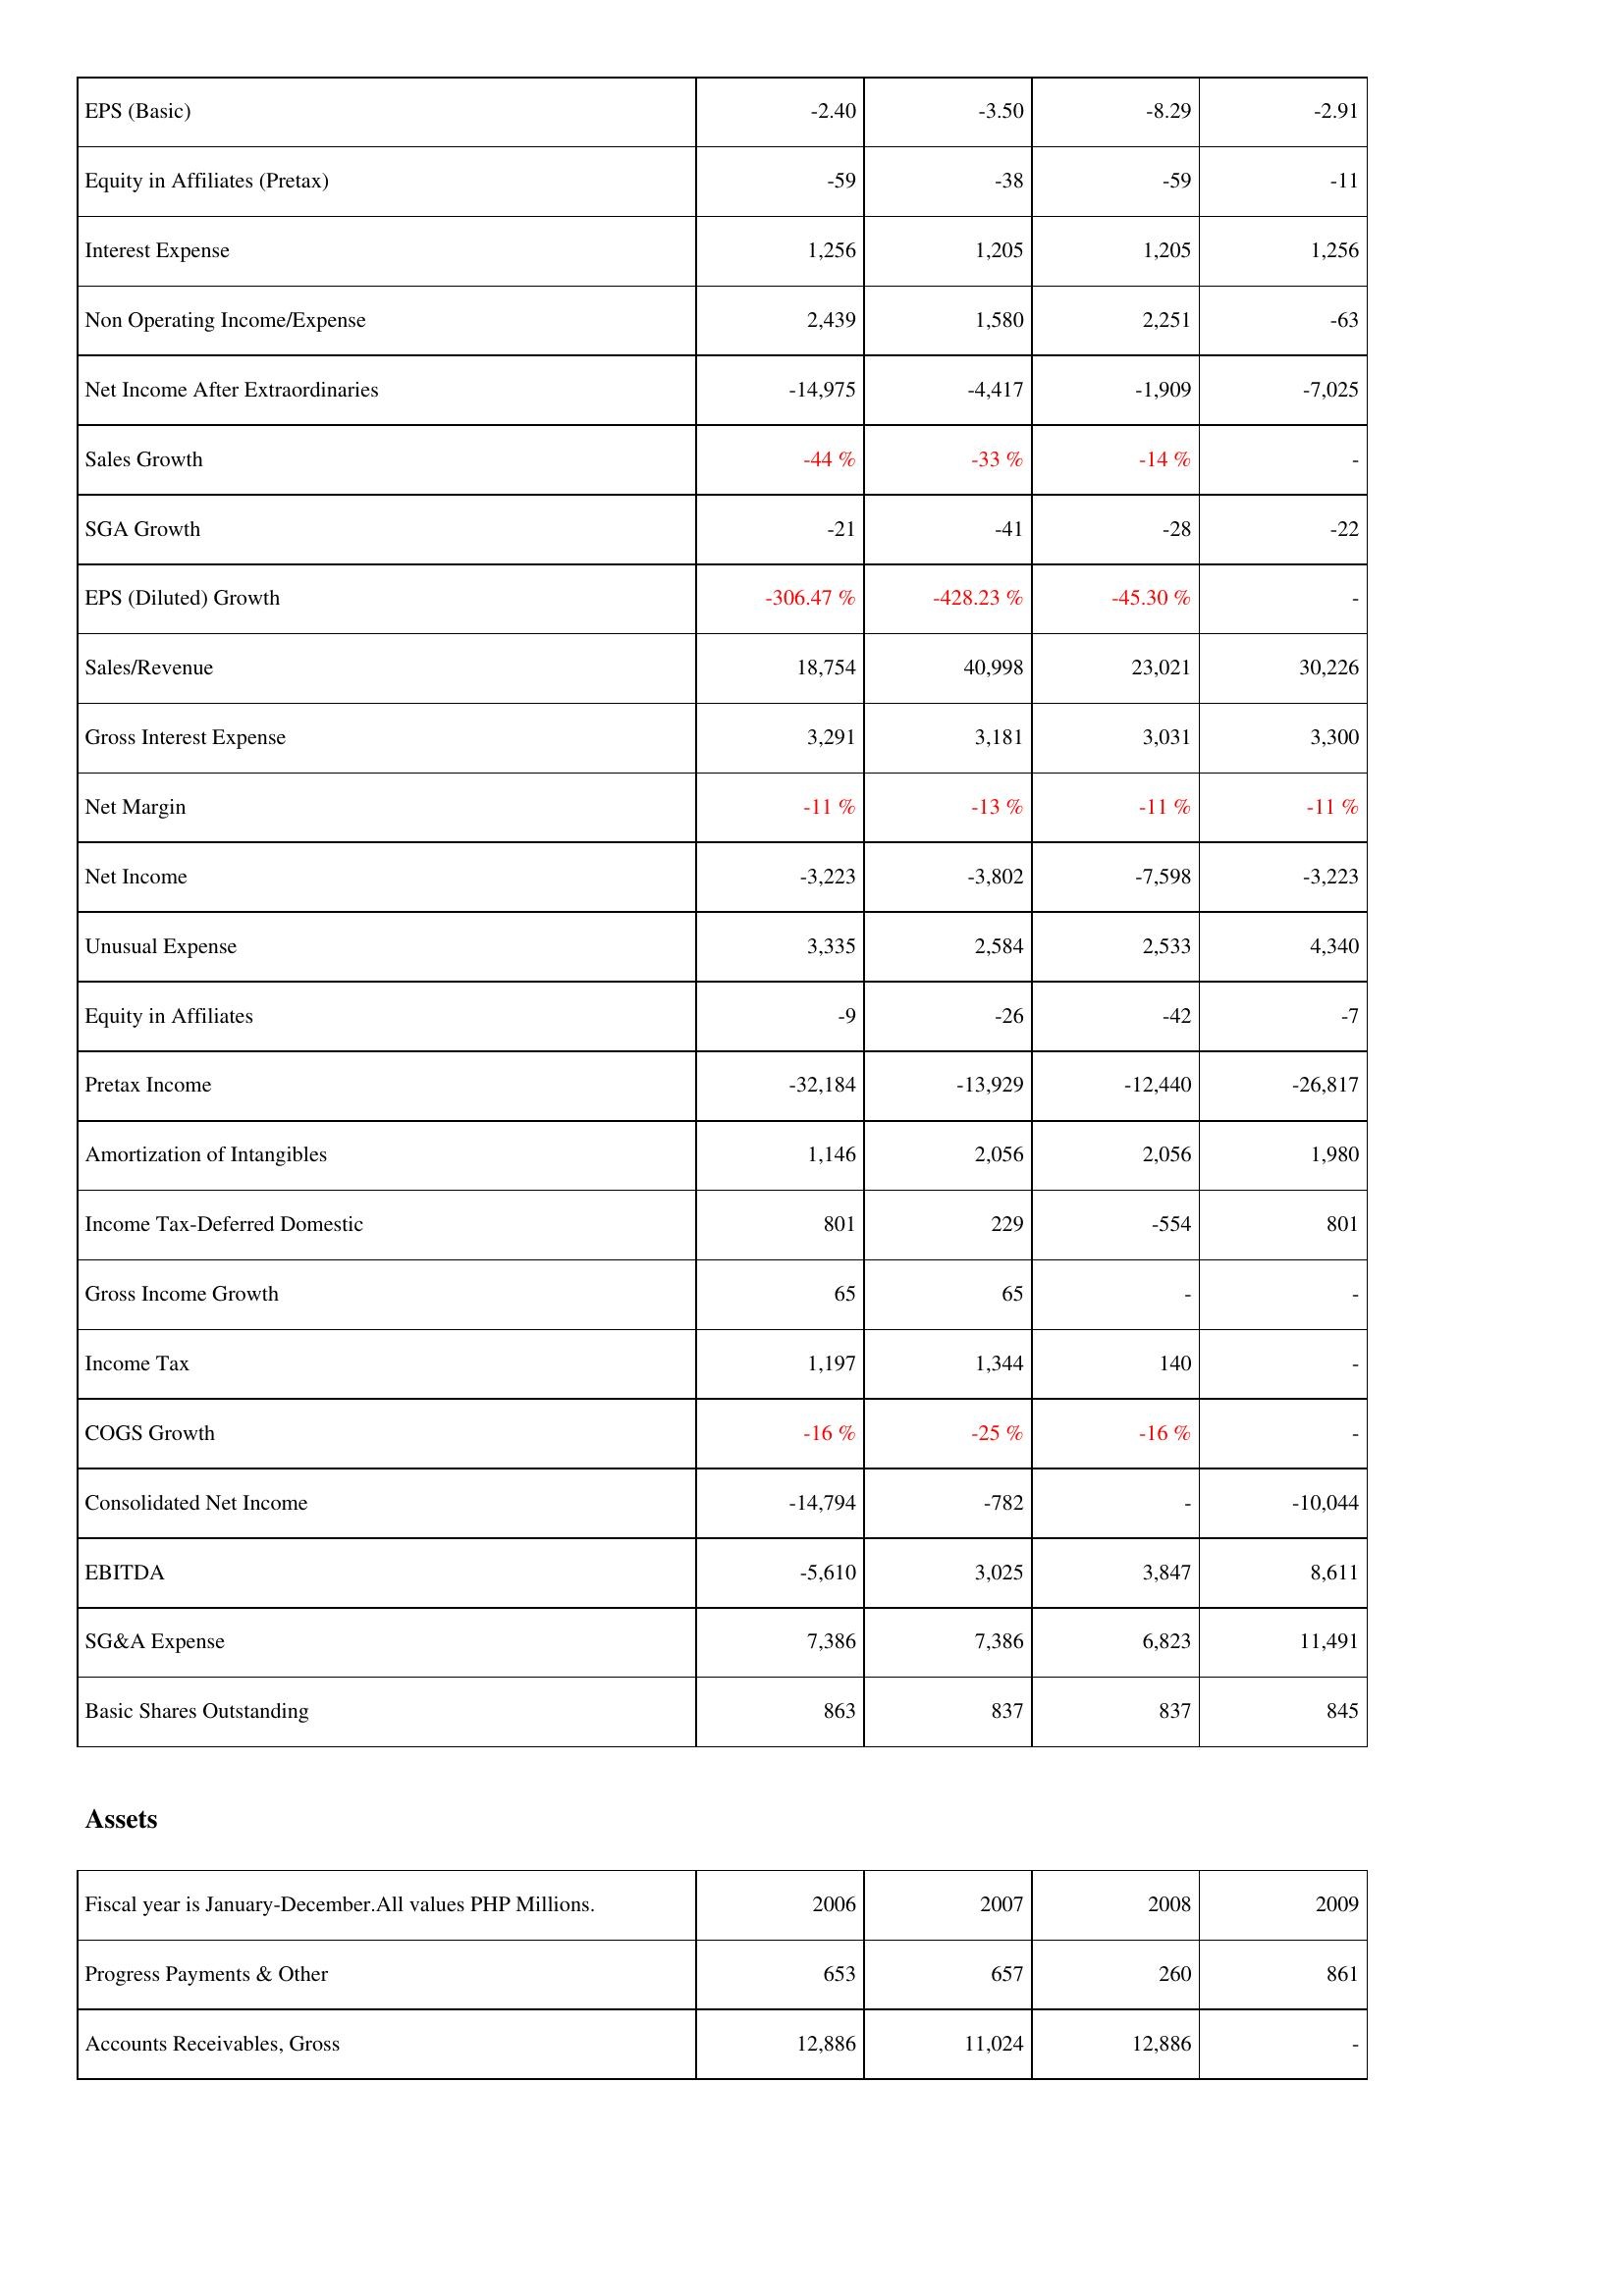
2006: Income Statement: EPS (Basic): -2.40
Equity in Affiliates (Pretax): -59
Interest Expense: 1,256
Non Operating Income/Expense: 2,439
Net Income After Extraordinaries: -14,975
Sales Growth: -44 %
SGA Growth: -21
EPS (Diluted) Growth: -306.47 %
Sales/Revenue: 18,754
Gross Interest Expense: 3,291
Net Margin: -11 %
Net Income: -3,223
Unusual Expense: 3,335
Equity in Affiliates: -9
Pretax Income: -32,184
Amortization of Intangibles: 1,146
Income Tax-Deferred Domestic: 801
Gross Income Growth: 65
Income Tax: 1,197
COGS Growth: -16 %
Consolidated Net Income: -14,794
EBITDA: -5,610
SG&A Expense: 7,386
Basic Shares Outstanding: 863
Assets: Progress Payments & Other: 653
Accounts Receivables, Gross: 12,886
2007: Income Statement: EPS (Basic): -3.50
Equity in Affiliates (Pretax): -38
Interest Expense: 1,205
Non Operating Income/Expense: 1,580
Net Income After Extraordinaries: -4,417
Sales Growth: -33 %
SGA Growth: -41
EPS (Diluted) Growth: -428.23 %
Sales/Revenue: 40,998
Gross Interest Expense: 3,181
Net Margin: -13 %
Net Income: -3,802
Unusual Expense: 2,584
Equity in Affiliates: -26
Pretax Income: -13,929
Amortization of Intangibles: 2,056
Income Tax-Deferred Domestic: 229
Gross Income Growth: 65
Income Tax: 1,344
COGS Growth: -25 %
Consolidated Net Income: -782
EBITDA: 3,025
SG&A Expense: 7,386
Basic Shares Outstanding: 837
Assets: Progress Payments & Other: 657
Accounts Receivables, Gross: 11,024
2008: Income Statement: EPS (Basic): -8.29
Equity in Affiliates (Pretax): -59
Interest Expense: 1,205
Non Operating Income/Expense: 2,251
Net Income After Extraordinaries: -1,909
Sales Growth: -14 %
SGA Growth: -28
EPS (Diluted) Growth: -45.30 %
Sales/Revenue: 23,021
Gross Interest Expense: 3,031
Net Margin: -11 %
Net Income: -7,598
Unusual Expense: 2,533
Equity in Affiliates: -42
Pretax Income: -12,440
Amortization of Intangibles: 2,056
Income Tax-Deferred Domestic: -554
Gross Income Growth: -
Income Tax: 140
COGS Growth: -16 %
Consolidated Net Income: -
EBITDA: 3,847
SG&A Expense: 6,823
Basic Shares Outstanding: 837
Assets: Progress Payments & Other: 260
Accounts Receivables, Gross: 12,886
2009: Income Statement: EPS (Basic): -2.91
Equity in Affiliates (Pretax): -11
Interest Expense: 1,256
Non Operating Income/Expense: -63
Net Income After Extraordinaries: -7,025
Sales Growth: -
SGA Growth: -22
EPS (Diluted) Growth: -
Sales/Revenue: 30,226
Gross Interest Expense: 3,300
Net Margin: -11 %
Net Income: -3,223
Unusual Expense: 4,340
Equity in Affiliates: -7
Pretax Income: -26,817
Amortization of Intangibles: 1,980
Income Tax-Deferred Domestic: 801
Gross Income Growth: -
Income Tax: -
COGS Growth: -
Consolidated Net Income: -10,044
EBITDA: 8,611
SG&A Expense: 11,491
Basic Shares Outstanding: 845
Assets: Progress Payments & Other: 861
Accounts Receivables, Gross: -